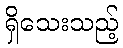
ရှိသေးသည့်